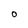
Character: O